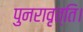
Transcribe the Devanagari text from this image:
पुनरावृत्ति।